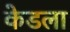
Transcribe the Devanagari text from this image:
केडला